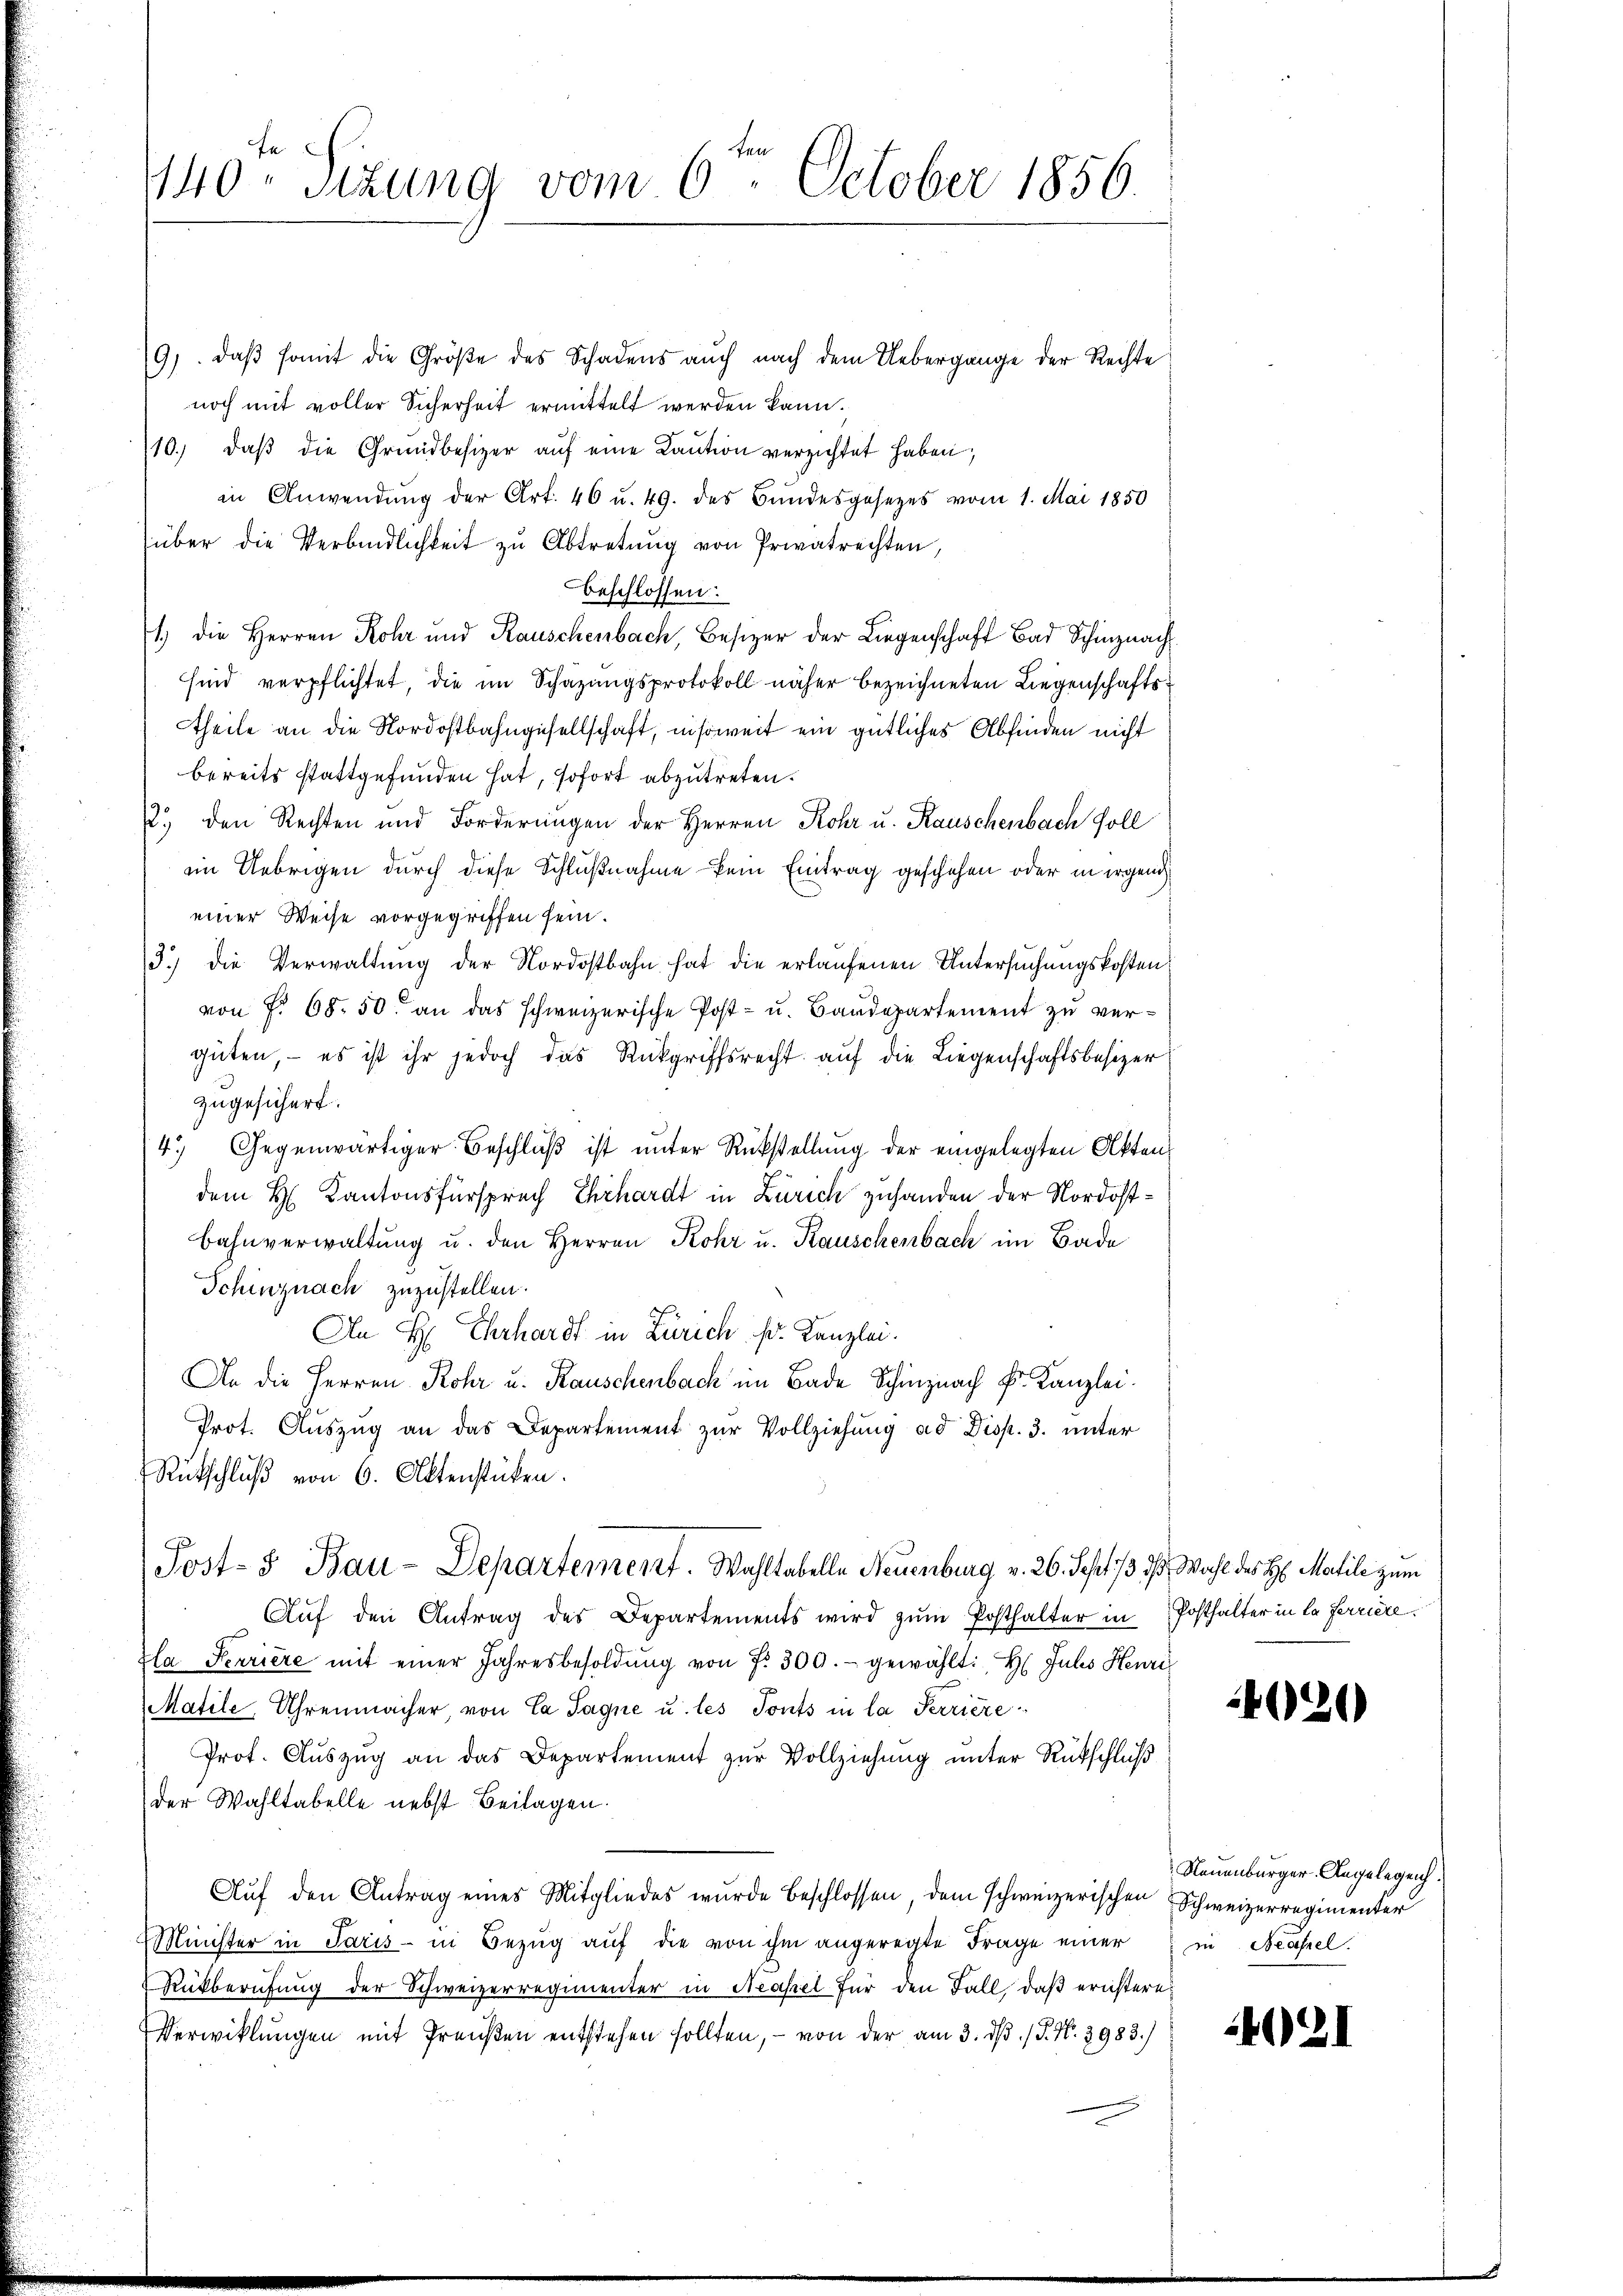
140 Sizung vom 6. October 1856.

79, daβ somit die Größe des Schadens auch nach dem Uebergange der Rechte
noch mit voller Sicherheit ermittelt werden kann.
10. daβ die Grundbesizer aŭf eine Kaŭtion verzichtet haben,
in Anwendung der Art. 46 u. 49. des Bundesgesezes vom 1. Mai 1850
über die Verbindlichkeit zu Abtretung von Privatrechten,
beschlossen:
1.) Die Herren Rohr und Rauschenbach, Besizer der Liegenschaft Bad Schinznach
sind verpflichtet, die im Schazungsprotokoll näher bezeichneten Liegenschaftstheile an die Nordostbahngesellschaft, insoweit ein gütliches Abfinden nicht
bereits stattgefunden hat, sofort abzutreten.
.) den Rechten und Forderungen der Herren Rohr u. Rauschenbach soll
im Uebrigen durch diese Schlußnahme kein Eintrag geschehen oder in irgend
einer Weise vorgegriffen sein.
3.) die Verwaltung der Nordostbahn hat die erlaufenen Untersuchungskosten
von No 68. 50. an das schweizerische Post- u. Baudepartement zu vergüten, – es ist ihr jedoch das Rückgriffsrecht auf die Liegenschaftsbesizer
zugesichert.
4.) Gegenwärtiger Beschluß ist unter Rückstellung der eingelegten Akten
dem H. Kantonsfürsprech Ehrhardt in Zürich zuhanden der Nordost¬
Bahnverwaltung u. den Herren Rohr u. Rauschenbach im Bade
Schinznach zuzustellen.
An H. Ehrhard in Zürich sr. Kanzlei.
An die Herren Rohr u. Rauschenbach im Bade Schinznach P. Kanzlei.
Prot. Auszug an das Departement zur Vollziehung ad Disp. 3. unter
Rutschluß von 6. Aktenstücken.
Post- & Bau-Departement. Wahltabelle Neuenburg v. 26. Sept. d, Wahl des H. Matile zum
Aŭf den Antrag des Departements wird zŭm Posthalter in Posthalter in la ferriere
Zla Ferriere mit einer Jahresbesoldŭng von 7. 300.- gewählt: Hr. Julis Henri
Matile, Uhrenmacher, von Ca Sagne u. les Tonts in la Terriere
Prof. Auszug an das Departement zur Vollziehung unter Rückschluß
der Wahltabelle nebst Beilagen.
Aŭf den Antrag eines Mitgliedes wurde beschlossen, dem schweizerischen Schweizerregimenter
Minister in Paris in Bezŭg aŭf die von ihm angeregte Frage einer in Neapel.
Rükberufung der Schweizerregimenter in Neapel für den Fall, daß ernstere
Verwicklungen mit Preußen entstehen sollten, – von der am 3. dβ. / P. Nr. 2983.)

4020)

Neuenburger Angelegenh

4021